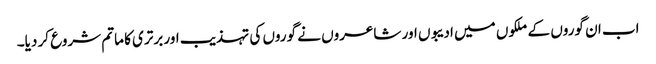
اب ان گوروں کے ملکوں میں ادیبوں اور شاعروں نے گوروں کی تہذیب اور برتری کا ماتم شروع کر دیا۔